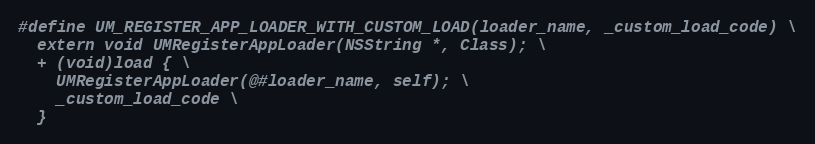
Language: C
#define UM_REGISTER_APP_LOADER_WITH_CUSTOM_LOAD(loader_name, _custom_load_code) \
  extern void UMRegisterAppLoader(NSString *, Class); \
  + (void)load { \
    UMRegisterAppLoader(@#loader_name, self); \
    _custom_load_code \
  }